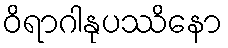
ဝိရာဂါနုပဿိနော